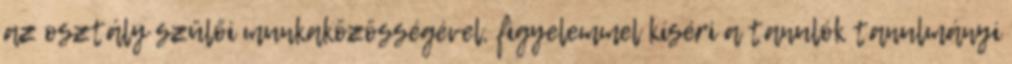
az osztály szülői munkaközösségével, figyelemmel kíséri a tanulók tanulmányi